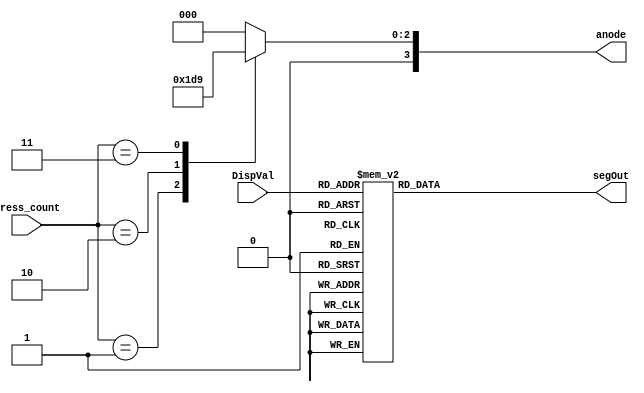
`timescale 1ns / 1ps
//////////////////////////////////////////////////////////////////////////////////
// Company: 
// Engineer: 
// 
// Design Name: 
// Module Name: seg_display
// Project Name: 
// Target Devices: 
// Tool Versions: 
// Description: 
// 
// Dependencies: 
// 
// Revision:
// Revision 0.01 - File Created
// Additional Comments:
// 
//////////////////////////////////////////////////////////////////////////////////


module seg_display(
    input [3:0] DispVal,
    input [2:0] press_count,
    output reg [3:0] anode,
    output reg [6:0] segOut
    );
    
    always @(DispVal)
    begin
        case(press_count)
        3'd1: anode = 4'b0111; 
        3'd2: anode = 4'b0011; 
        3'd3: anode = 4'b0001; 
        3'd4: anode = 4'b0000;
        default: anode = 4'b0000;
        endcase
    end
    
    
    always @(DispVal)
    begin 
    case(DispVal)
        4'b0000 : segOut = 7'b1000000; //0
        4'b0001 : segOut = 7'b1111001; //1
        4'b0010 : segOut = 7'b0100100; //2
        4'b0011 : segOut = 7'b0110000; //3
        4'b0100 : segOut = 7'b0011001; //4
        4'b0101 : segOut = 7'b0010010; //5
        4'b0110 : segOut = 7'b0000010; //6
        4'b0111 : segOut = 7'b1111000; //7
        4'b1000 : segOut = 7'b0000000; //8
        4'b1001 : segOut = 7'b0010000; //9
        4'b1010 : segOut = 7'b0001001; //error
        //4'b1011 : segOut = 7'b0000011; //b
        //4'b1100 : segOut = 7'b1000110; //c
        //4'b1101 : segOut = 7'b0100001; //d
        //4'b1110 : segOut = 7'b0000110; //e
        //4'b1111 : segOut = 7'b0001110; //f
        
        default : segOut = 7'b1111111; 
    endcase
    end
    
endmodule